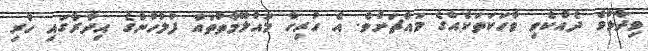
ވިދާޅުވެ ދެއްކެވި ވާހަކަތަކެއްގެ މައްޗަށެވެ. އެ ހުރިހާ މައުލޫމާތުތައް ފުލުހުންގެ އިދާރާގައި ހުރި